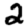
Digit: 2